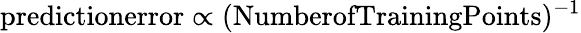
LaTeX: \textrm{predictionerror}\propto(\textrm{NumberofTrainingPoints})^{-1}